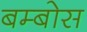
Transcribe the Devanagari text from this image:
बम्बोस